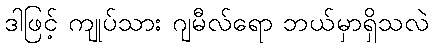
ဒါဖြင့် ကျုပ်သား ဂျမီလ်ရော ဘယ်မှာရှိသလဲ